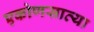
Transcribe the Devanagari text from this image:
एकोणसाव्या